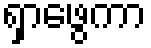
ရှာဖွေကာ